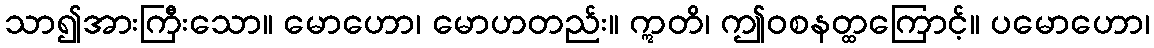
သာ၍အားကြီးသော။ မောဟော၊ မောဟတည်း။ ဣတိ၊ ဤဝစနတ္ထကြောင့်။ ပမောဟော၊